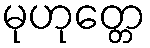
မုဟုတ္တေ